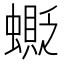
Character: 𧒅